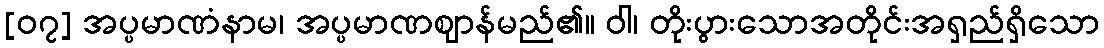
[၀၇] အပ္ပမာဏံနာမ၊ အပ္ပမာဏဈာန်မည်၏။ ဝါ၊ တိုးပွားသောအတိုင်းအရှည်ရှိသော